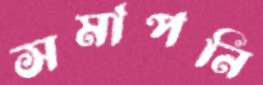
সমাপনি